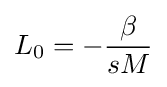
L_{0}=-{\frac {\beta }{sM}}